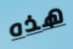
هذه